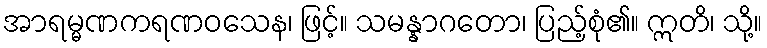
အာရမ္မဏကရဏဝသေန၊ ဖြင့်။ သမန္နာဂတော၊ ပြည့်စုံ၏။ ဣတိ၊ သို့။